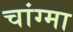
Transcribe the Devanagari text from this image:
चांग्मा